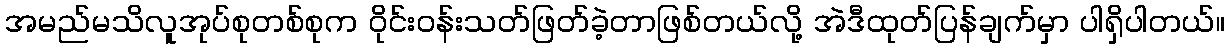
အမည်မသိလူအုပ်စုတစ်စုက ဝိုင်းဝန်းသတ်ဖြတ်ခဲ့တာဖြစ်တယ်လို့ အဲဒီထုတ်ပြန်ချက်မှာ ပါရှိပါတယ်။